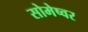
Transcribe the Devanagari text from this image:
सोमेष्वर